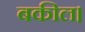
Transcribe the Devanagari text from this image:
बकील।